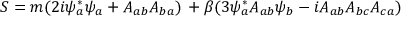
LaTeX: S = m ( 2 i \psi _ { a } ^ { * } \psi _ { a } + A _ { a b } A _ { b a } ) \, + \beta ( 3 \psi _ { a } ^ { * } A _ { a b } \psi _ { b } - i A _ { a b } A _ { b c } A _ { c a } )